Report on vaccination in the Province of Bengal - 1874-1889
Year: 1874
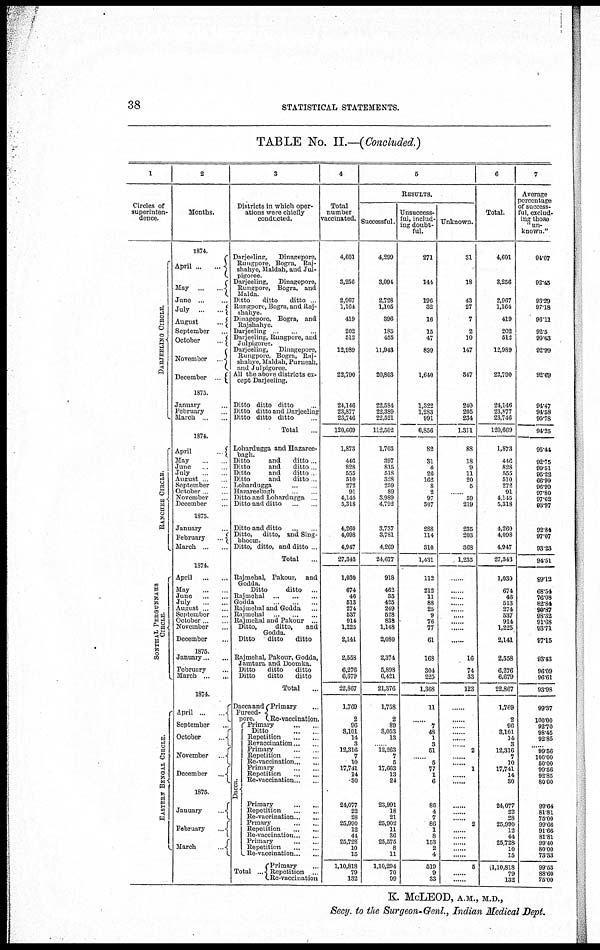
38
STATISTICAL STATEMENTS.
TABLE No. II.—(Concluded.)
1
Circles of
superinten-
dence.
DARJEELING CIRCLE.
RANCHEE CIRCLE.
SONTHAL PERGUNNAHS
CIRCLE.
EASTERN BENGAL CIRCLE.
2
Months.
1874.
April
...
...
May ... ...
June ... ...
July
...
...
August
...
September ...
October
...
November
...
December
...
1875.
January ...
February ...
March ...
1874.
April
...
May ... ...
June ... ...
July ... ...
August ...
September ...
October ...
November ...
December ...
1875.
January ...
February
...
March ...
1874.
April ... ...
May ...
June
...
July ... ...
August ... ...
September ...
October ...
November ...
December ...
1875.
January ... ...
February ...
March
...
...
1874.
April ...
September ...
October
...
November
...
December
...
1875.
January
...
February
...
March
...
3
Districts in which oper-
ations were chiefly
conducted.
Darjeeling,
Dinagepore,
Rungpore, Bogra, Raj-
shahye, Maldah, and Jul-
pigoree.
Darjeeling,
Dinagepore,
Rungpore, Bogra, and
Malda.
Ditto
ditto
ditto
Rungpore, Bogra, and Raj-
shahye.
Dinagepore, Bogra, and
Rajshahye.
Darjeeling ... ...
Darjeeling, Rungpore, and
Julpigoree.
Darjeeling,
Dinagepore,
Rungpore, Bogra, Raj-
shahye, Maldah, Purueah,
and Julpigoree.
All the above districts ex-
cept Darjeeling.
Ditto ditto ditto ...
Ditto ditto and Darjeeling
Ditto ditto ditto ...
Total ...
Lohardugga and Hazaree-
bagh.
Ditto
and
ditto...
Ditto
and
ditto...
Ditto
and
ditto ...
Ditto
and
ditto ...
Lohardugga ... ...
Hazareebagh ... ...
Ditto and Lohardugga ...
Ditto and ditto ... ...
Ditto and ditto ...
Ditto, ditto, and Sing-
bhoom.
Ditto, ditto, and ditto ...
Total ...
Rnjmehal, Pakour, and
Godda.
Ditto
ditto
...
Rajmehal
...
...
...
Godda ... ... ...
Rajmehal and Godda ...
Rajmehal ... ...
Rajmehal and Pakour ...
Ditto,
ditto,
and
Godda. ...
Ditto
ditto
ditto ...
Rajmehal, Pakour, Godda,
Jamtara and Doomka.
Ditto
ditto
ditto
Ditto
ditto
ditto
Total ...
Dacca and
Pureed-
pore.
Dacca.
Primary ...
Re-vaccination.
Primary
...
...
Ditto
...
...
Repetition
...
...
Revaccination ... ...
Primary
...
...
Repetition
...
...
Re-vaccination ... ...
Primary
...
...
Repetition
...
...
Re-vaccination... ...
Primary
...
...
Repetition
...
...
Re-vaccination ... ...
Primary
...
...
Repetition
...
...
Re-vaccination ... ...
Primary ... ...
Repetition
...
...
Re-vaccination ... ...
Total ....
Primary ...
Repetition ...
Re-vaccination
4
Total
number
vaccinated.
4,601
3,256
2,967
1,164
419
202
512
12,989
22,790
24,146
23,877
23,746
120,669
1,873
446
828
555
510
272
91
4,145
5,318
4,260
4,098
4,947
27,343
1,030
674
46
513
274
537
914
1,225
2,141
2,558
6,276
6,679
22,867
1,769
2
96
3,101
14
3
12,316
7
10
17,741
14
30
24,077
22
28
25,990
12
44
25,728
10
15
1,10,818
79
132
5
RESULTS.
Successful.
4,299
3,094
2,728
1,105
396
185
455
11,943
20,803
22,584
22,389
22,521
112,502
1,703
397
815
518
328
259
89
3,989
4,792
3,737
3,781
4,269
24,677
918
462
35
425
249
528
838
1,148
2,080
2,374
5,898
6,421
21,376
1,758
2
89
3,053
13
......
12,263
7
5
17,663
13
24
23,991
18
21
25,902
11
36
25,575
8
11
1,10,294
70
99
Unsuccess-
ful, includ-
ing doubt-
ful.
271
144
196
32
16
15
47
899
1,640
1,322
1,283
991
6,856
82
31
4
26
162
8
2
97
307
288
114
310
1,431
112
212
11
88
25
9
76
77
61
168
304
225
1,368
11
......
7
48
1
3
51
......
5
77
1
6
86
4
7
86
1
8
153
2
4
519
9
33
Unknown.
31
18
43
27
7
2
10
147
347
240
205
234
1,311
88
18
9
11
20
5
...
59
219
235
203
368
1,235
......
......
......
......
......
......
......
......
......
16
74
33
123
......
......
......
......
......
......
2
......
......
1
......
......
......
......
......
2
......
......
......
......
......
5
......
......
6
Total.
4,601
3,256
2,967
1,164
419
202
512
12,989
23,790
24,146
23,877
23,746
120,669
1,873
446
828
555
510
272
91
4,145
5,318
4,260
4,098
4,947
27,343
1,030
674
46
513
274
537
914
1,225
2,141
2,558
6,276
6,679
22,867
1,769
2
96
3,101
14
3
12,316
7
10
17,741
14
30
24,077
22
28
25,990
12
44
25,728
10
15
1,10,818
79
132
7
Average
percentage
of success-
ful, exclud-
ing those
"un-
known."
94.07
92.45
93.29
97.18
96.11
92.5
90.63
92.99
92.69
94.47
94.58
95.78
94.25
95.44
92.75
99.51
95.22
66.99
96.99
97.80
97.62
93.97
92.84
97.07
93.23
94.51
89.12
68.54
76.08
82.84
90.87
98.32
91.68
93.71
97.15
93.43
96.09
96.61
93.98
99.37
100.00
92.70
98.45
92.85
......
99.56
100.00
50.00
99.56
92.85
80.00
99.64
81.81
75.00
99.66
91.66
81.81
99.40
80.00
73.33
99.53
88.60
75.00
K. McLEOD, A.M., M.D.,
Secy. to the Surgeon-Genl., Indian Medical Dept.